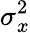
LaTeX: \sigma_{x}^{2}